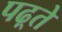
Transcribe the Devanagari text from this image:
पढ़्ते